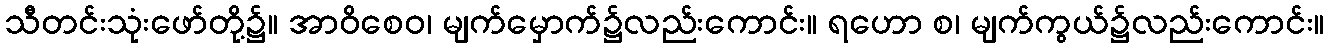
သီတင်းသုံးဖော်တို့၌။ အာဝိစေဝ၊ မျက်မှောက်၌လည်းကောင်း။ ရဟော စ၊ မျက်ကွယ်၌လည်းကောင်း။